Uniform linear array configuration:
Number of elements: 32
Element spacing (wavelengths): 0.25
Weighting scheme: kaiser
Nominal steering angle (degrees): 60
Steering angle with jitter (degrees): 59.477
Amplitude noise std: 0.05
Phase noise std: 0.05

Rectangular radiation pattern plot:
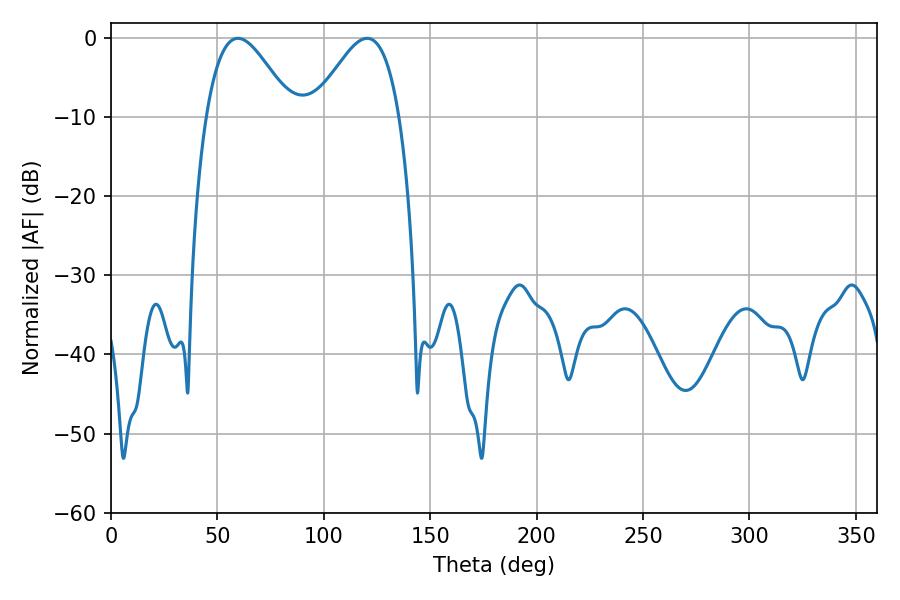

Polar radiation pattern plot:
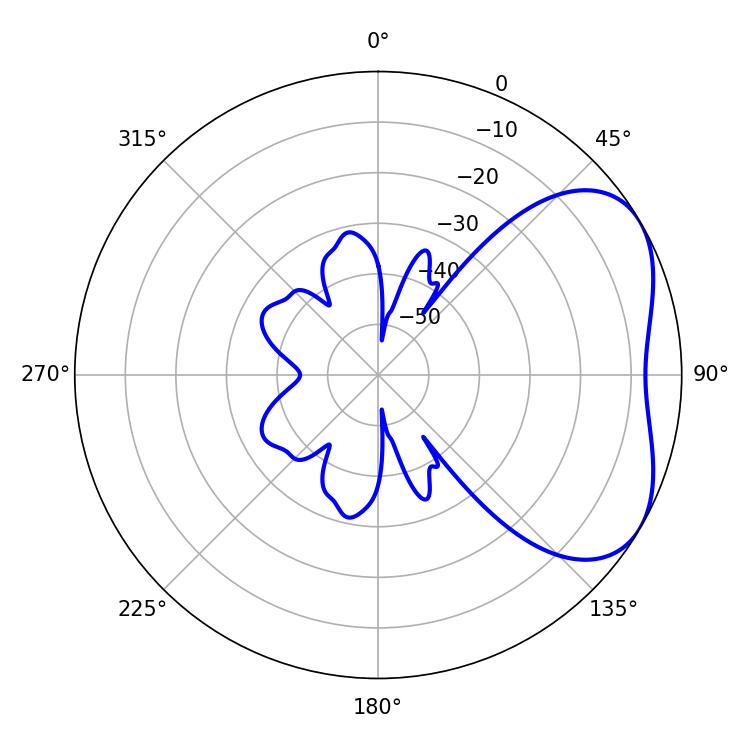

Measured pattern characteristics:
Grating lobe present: FALSE
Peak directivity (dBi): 4.256
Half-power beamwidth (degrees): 21.6
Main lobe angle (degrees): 120.42